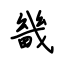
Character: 畿